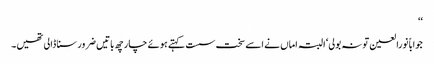
‘‘
جواباً نورالعین تو نہ بولی‘ البتہ اماں نے اسے سخت سست کہتے ہوئے چار چھ باتیں ضرور سنا ڈالی تھیں۔